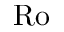
\mathrm { R o }